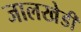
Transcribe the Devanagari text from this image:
जालखेडी